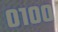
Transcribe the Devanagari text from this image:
०१००